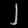
Digit: ၂